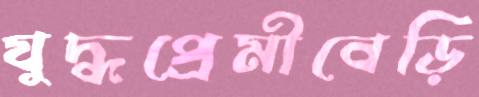
যুদ্ধপ্রেমীবেড়ি